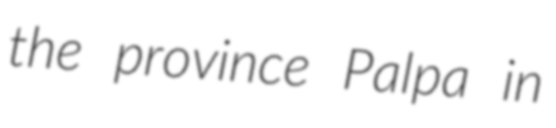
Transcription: the province Palpa in